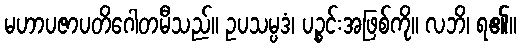
မဟာပဇာပတိဂေါတမီသည်။ ဥပသမ္ပဒံ၊ ပဉ္စင်းအဖြစ်ကို။ လဘိ၊ ရ၏။